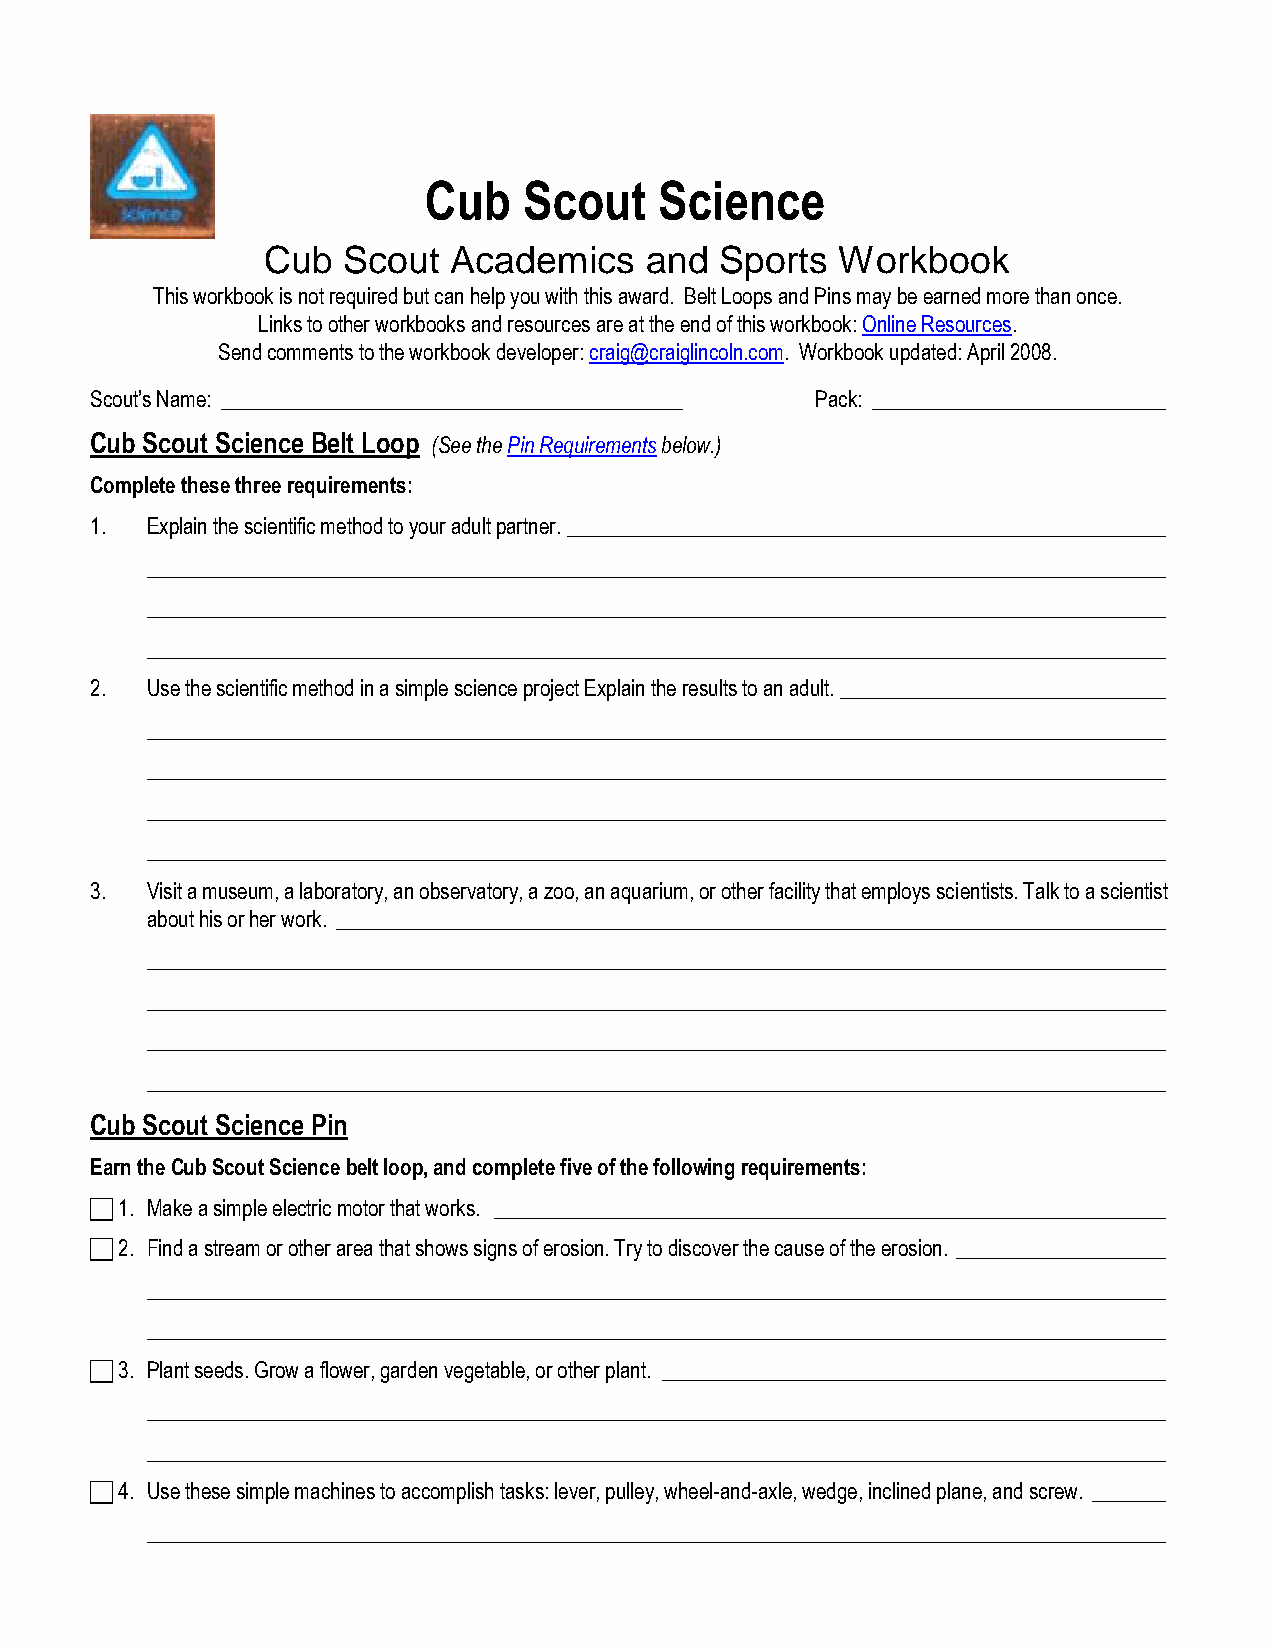
Cub    Scout    Science
 Cub   Scout  Academics    and  Sports  Workbook
 This workbook is not required but can help you with this award. Belt Loops and Pins may be earned more than once.
 Links to other workbooks and resources are at the end of this workbook: Online Resources.
 Send comments to the workbook developer: craig@craiglincoln.com. Workbook updated: April 2008.
 Scout’s Name: ____________________________________________ Pack: ____________________________
 Cub Scout Science Belt Loop (See the Pin Requirements below.)
 Complete these three requirements:
 1.  Explain the scientific method to your adult partner. _________________________________________________________
 _________________________________________________________________________________________________
 _________________________________________________________________________________________________
 _________________________________________________________________________________________________
 2.  Use the scientific method in a simple science project Explain the results to an adult. _______________________________
 _________________________________________________________________________________________________
 _________________________________________________________________________________________________
 _________________________________________________________________________________________________
 _________________________________________________________________________________________________
 3.  Visit a museum, a laboratory, an observatory, a zoo, an aquarium, or other facility that employs scientists. Talk to a scientist
 about his or her work. _______________________________________________________________________________
 _________________________________________________________________________________________________
 _________________________________________________________________________________________________
 _________________________________________________________________________________________________
 _________________________________________________________________________________________________
 Cub Scout Science Pin
 Earn the Cub Scout Science belt loop, and complete five of the following requirements:
  1. Make a simple electric motor that works. ________________________________________________________________
  2. Find a stream or other area that shows signs of erosion. Try to discover the cause of the erosion. ____________________
 _________________________________________________________________________________________________
 _________________________________________________________________________________________________
  3. Plant seeds. Grow a flower, garden vegetable, or other plant. ________________________________________________
 _________________________________________________________________________________________________
 _________________________________________________________________________________________________
  4. Use these simple machines to accomplish tasks: lever, pulley, wheel-and-axle, wedge, inclined plane, and screw. _______
 _________________________________________________________________________________________________